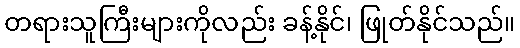
တရားသူကြီးများကိုလည်း ခန့်နိုင်၊ ဖြုတ်နိုင်သည်။